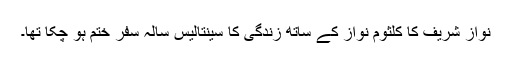
نواز شریف کا کلثوم نواز کے ساتھ زندگی کا سینتالیس سالہ سفر ختم ہو چکا تھا۔